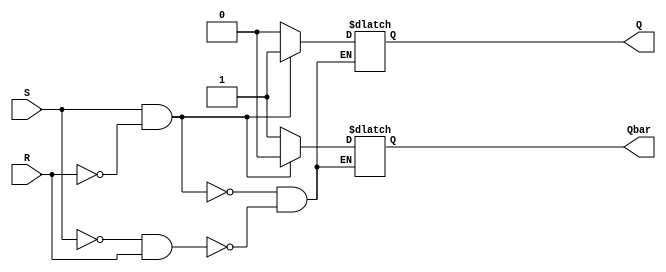
module SRLatch (
    input S, // Set input
    input R, // Reset input
    output reg Q, // Q output
    output reg Qbar // Qbar output
);

always @(S, R)
begin
    if (S && !R) 
    begin
        Q <= 1;
        Qbar <= 0;
    end
    else if (!S && R) 
    begin
        Q <= 0;
        Qbar <= 1;
    end
end

endmodule